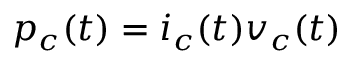
p _ { c } ( t ) = i _ { c } ( t ) v _ { c } ( t )